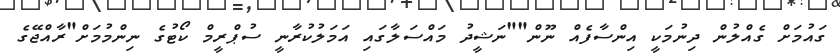
ގައުމަށް ގެއްލުން ދިނުމަކީ އިންސާފެއް ނޫން""ނަޝީދު މައްސަލާގައި އަމަލުކުރާނީ ސުޕްރީމް ކޯޓުގެ ނިންމުމަށް"ރާއްޖޭގެ